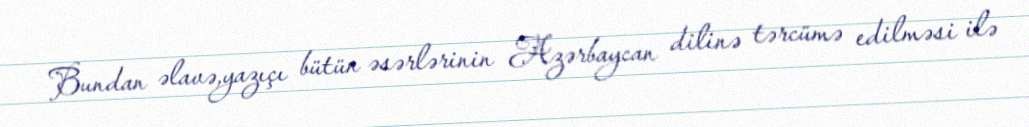
Bundan əlavə,yazıçı bütün əsərlərinin Azərbaycan dilinə tərcümə edilməsi ilə